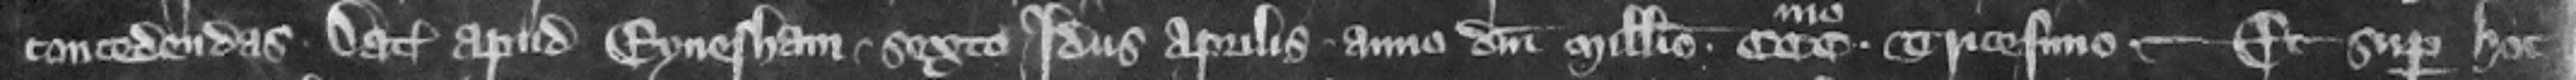
concedendas. Datum apud Eynesham sexto idus Aprilis anno Domini millesimo . ccc . tricesimo. -- Et super hoc